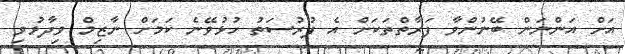
އަށް އަންނަން ބޭނުންވާ ފަރާތްތަކަށް އެ ފުރުސަތު ހުޅުވޭނެ ކަމަށް ނާޒިމް ވިދާޅުވި